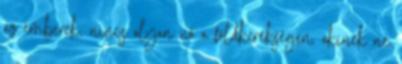
az emberek, nincs olyan nő a földkerekségen, akinek ne